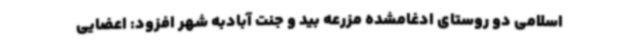
اسلامی دو روستای ادغامشده مزرعه بید و جنت آبادبه شهر افزود: اعضایی